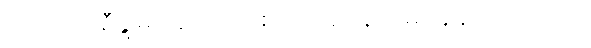
တိဘက်၊ စီချွမ်း၊ ချင်းဟိုင်စတဲ့ ပြည်နယ်မှာ နေကြပါတယ်။